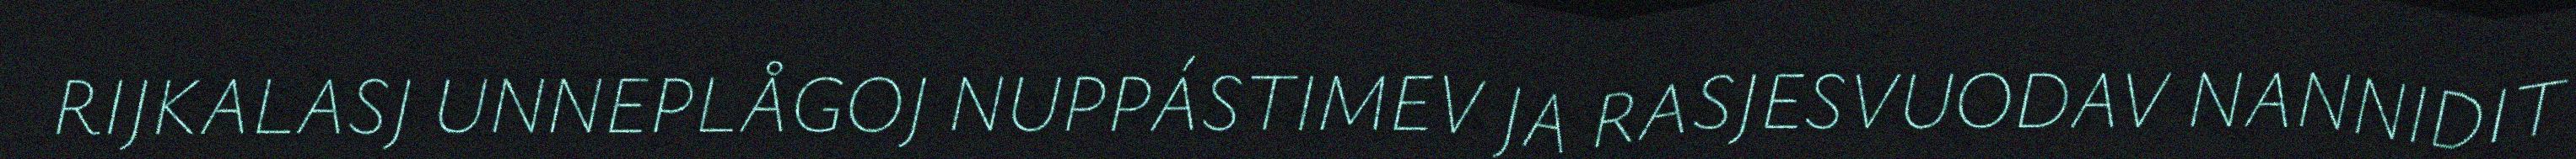
RIJKALASJ UNNEPLÅGOJ NUPPÁSTIMEV JA RASJESVUODAV NANNIDIT